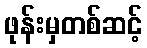
ဖုန်းမှတစ်ဆင့်